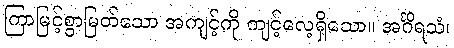
ကြာမြင့်စွာမြတ်သော အကျင့်ကို ကျင့်လေ့ရှိသော။ အင်္ဂိရသံ၊